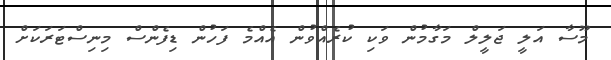
މޫސާ އަލީ ޖަލީލް މަގާމުން ވަކި ކުރެއްވުން އެއްމެ ފަހުން ޑިފެންސް މިނިސްޓަރަކަށް